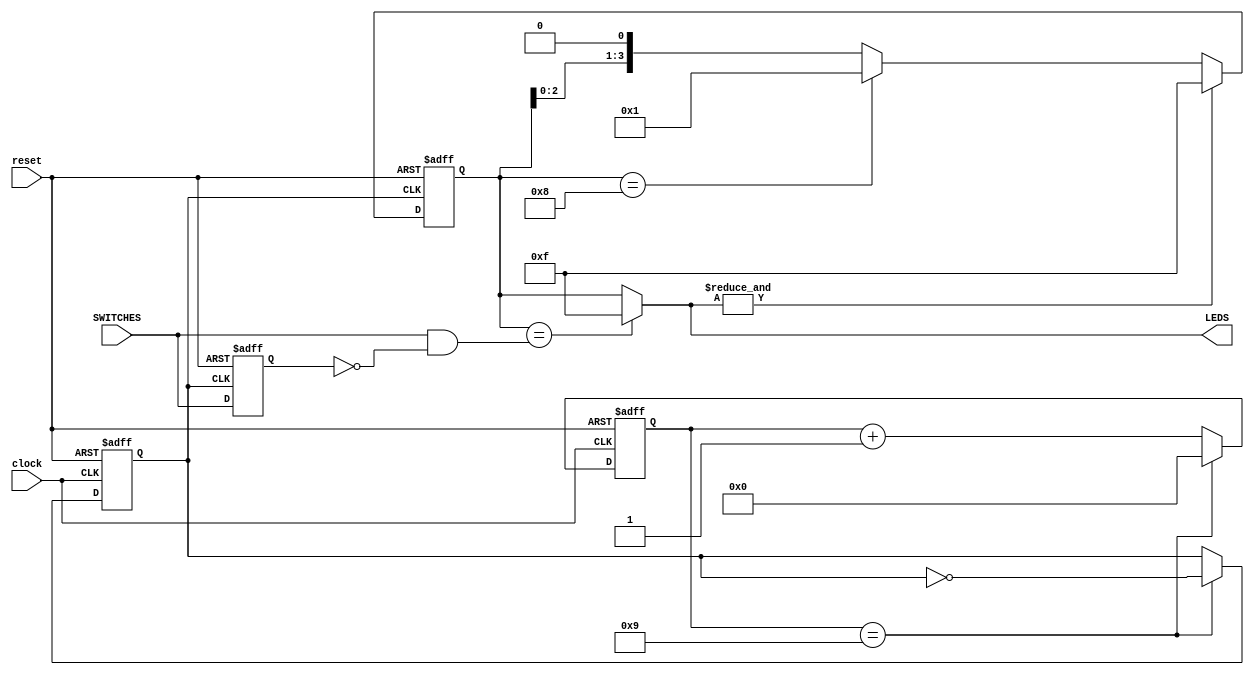
`timescale 1ns / 1ps
//////////////////////////////////////////////////////////////////////////////////
// Company: 
// Engineer: 
// 
// Design Name: 
// Module Name: jackpot
// Project Name: 
// Target Devices: 
// Tool Versions: 
// Description: 
// 
// Dependencies: 
// 
// Revision:
// Revision 0.01 - File Created
// Additional Comments:
// 
//////////////////////////////////////////////////////////////////////////////////


module jackpot(
    input clock, reset,
    input [3:0] SWITCHES,
    output [3:0] LEDS
    );
    reg clk_div;
    reg [31:0] cnt;
    parameter frequency = 10;//6250000 
    reg [3:0] LEDS_r,SWITCHES_r;
    wire [3:0] detect;
    wire hold;
    //Frequency_division
    always@(posedge clock or posedge reset) begin
        if(reset) begin
            cnt <= 0;
            clk_div <= 0;
        end
        else begin
            if(cnt == frequency-1) begin
                clk_div <=~clk_div;
                cnt <= 0;
            end
            else cnt <= cnt+1;
        end
    end
    
    always@(posedge clk_div or posedge reset) begin
       if(reset)begin
            SWITCHES_r <= 0;
       end
       else begin
            SWITCHES_r  <= SWITCHES;
       end
    end
   assign detect = SWITCHES & ~SWITCHES_r;
        
   always@(posedge clk_div or posedge reset)begin
        if(reset) begin
            LEDS_r <= 4'b0001;
        end
        else begin
            if(hold) LEDS_r <= 4'b1111;
            else begin
                if(LEDS_r == 4'b1000) LEDS_r = 4'b0001; 
                else LEDS_r <= LEDS_r <<1 ;
            end  
        end
    end
    assign LEDS = LEDS_r == detect? 4'b1111:LEDS_r;
    assign hold = &LEDS;
endmodule